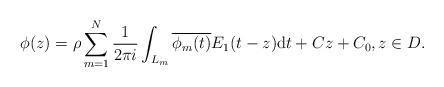
LaTeX: \begin{align*}\phi(z) = \rho \sum_{m=1}^N \frac{1}{2\pi i} \int_{L_m} \overline{\phi_m(t)}E_1(t-z) \textrm{d}t+Cz+C_0,z \in D. \end{align*}